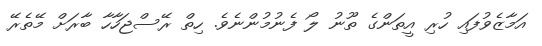
އަމާޒެވުފައި ހުރި އީތަންގެ ތޫނު ލޯ ފެނުމުންނެވެ. ހިތް ރޭސްޖަހާހާ ބާރަށް މޭތެރޭ